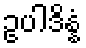
ဥပါဒိန္နံ